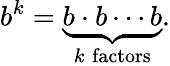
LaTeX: b^{k}=\underbrace{b\cdot b\cdots b}_{k\; {\mathrm{factors}}}.